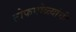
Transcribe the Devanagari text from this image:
तोफगोळ्यांची